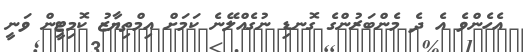
އެހެންވެ އެ ދެ މެންބަރުންގެ ގޮނޑި ނުގެއްލޭނެ ކަމަށް އިމްތިޔާޒު ކޮމިޓީން ވަނީ